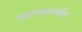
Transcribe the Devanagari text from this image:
घटनावर्णन